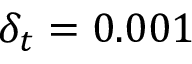
\delta _ { t } = 0 . 0 0 1